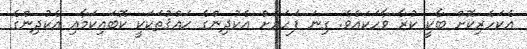
އެކަހެރިކޮށް ބާކީ ކުރާ ވާހަކައެވެ. ގިނަ ފަހަރަށް އެކުދިންގެ ޙައްޤުތަކަކީ ކޮބައިކަމާއި އެކުދިންގެ